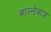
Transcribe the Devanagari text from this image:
बाल्लेबाज़